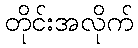
တိုင်းအလိုက်